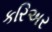
કરિઅર